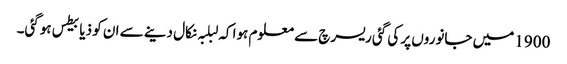
1900 میں‌ جانوروں‌ پر کی گئی ریسرچ سے معلوم ہوا کہ لبلبہ نکال دینے سے ان ‌کو ذیابیطس ہوگئی۔